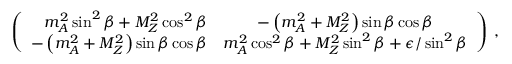
\left( \begin{array} { r c } { { m _ { A } ^ { 2 } \sin ^ { 2 } \beta + M _ { Z } ^ { 2 } \cos ^ { 2 } \beta } } & { { - \left( m _ { A } ^ { 2 } + M _ { Z } ^ { 2 } \right) \sin \beta \cos \beta } } \\ { { - \left( m _ { A } ^ { 2 } + M _ { Z } ^ { 2 } \right) \sin \beta \cos \beta } } & { { m _ { A } ^ { 2 } \cos ^ { 2 } \beta + M _ { Z } ^ { 2 } \sin ^ { 2 } \beta + \epsilon / \sin ^ { 2 } \beta } } \end{array} \right) \; ,